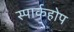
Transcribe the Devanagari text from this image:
स्पार्कहोप